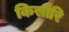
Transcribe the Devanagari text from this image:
किसौरि